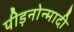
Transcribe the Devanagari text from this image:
पीड़नोन्मादी